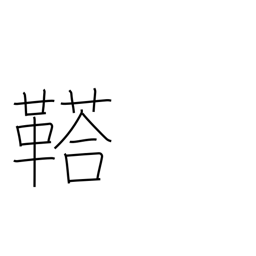
Meaning: rumbling